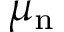
\mu _ { \mathrm { n } }